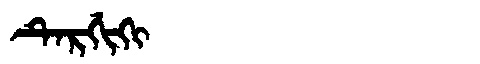
Manchu: ᡨᡝᡵᡤᡳᡴᡳ
Romanization: TERGIKI